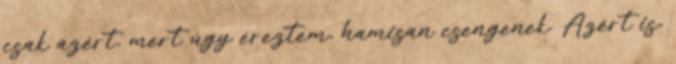
csak azért, mert úgy éreztem, hamisan csengenek. Azért is,